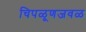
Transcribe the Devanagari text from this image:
चिपळूणजवळ